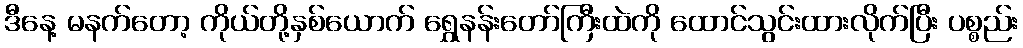
ဒီနေ့ မနက်တော့ ကိုယ်တို့နှစ်ယောက် ရွှေနန်းတော်ကြီးထဲကို ထောင်သွင်းထားလိုက်ပြီး ပစ္စည်း